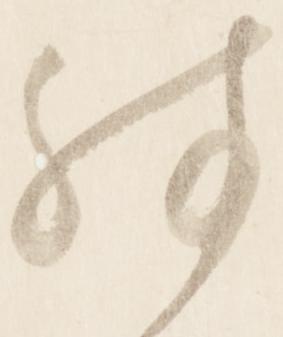
殊